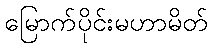
မြောက်ပိုင်းမဟာမိတ်